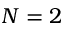
N = 2